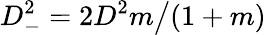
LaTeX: D_{-}^{2}=2D^{2}m\big/(1+m)